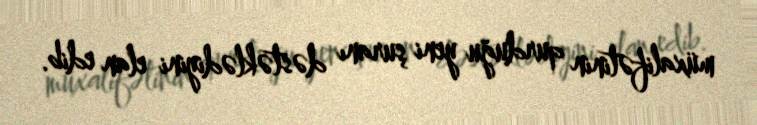
müxalifətinin qurduğu yeni şuranı dəstəklədiyini elan edib.